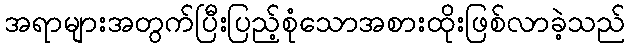
အရာများအတွက်ပြီးပြည့်စုံသောအစားထိုးဖြစ်လာခဲ့သည်